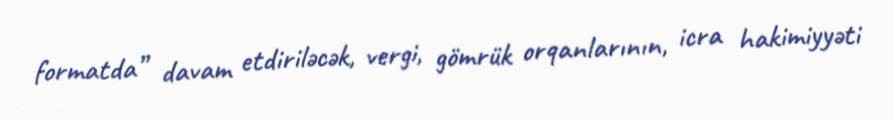
formatda” davam etdiriləcək, vergi, gömrük orqanlarının, icra hakimiyyəti